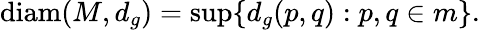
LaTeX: \operatorname{diam}(M,d_{g})=\operatorname*{sup}\{ d_{g}(p,q):p,q\in m\} .